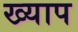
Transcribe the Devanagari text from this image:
ख्याप